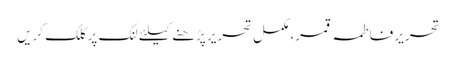
تحریر فاطمہ قمر، مکمل تحریر پڑھنے کیلئے لنک پر کلک کریں